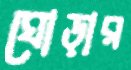
ঘোড়ার